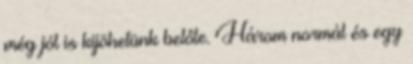
még jól is kijöhetünk belőle. Három normál és egy